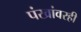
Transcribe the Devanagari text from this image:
पंखांवरही